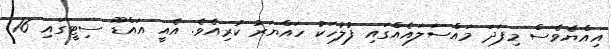
އިއްޔެވެސް މިފަދަ މައްސަލައެއްގައި ފުލުހަކު ހައްޔަރު ކުރިއެވެ. އެއީ އައްޑޫ ސިޓީގައި 16